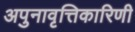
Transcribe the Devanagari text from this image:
अपुनावृत्तिकारिणी